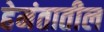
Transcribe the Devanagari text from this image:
हेमंतातील